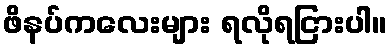
ဖိနပ်ကလေးများ ရလိုရငြားပါ။